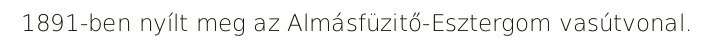
1891-ben nyílt meg az Almásfüzitő-Esztergom vasútvonal.